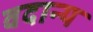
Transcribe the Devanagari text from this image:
वदान्य